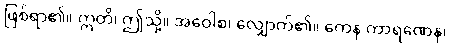
ဖြစ်ရာ၏။ ဣတိ၊ ဤသို့။ အဝေါစ၊ လျှောက်၏။ ကေန ကာရဏေန၊